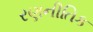
રણનીતિક